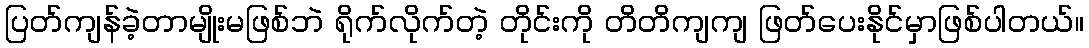
ပြတ်ကျန်ခဲ့တာမျိုးမဖြစ်ဘဲ ရိုက်လိုက်တဲ့ တိုင်းကို တိတိကျကျ ဖြတ်ပေးနိုင်မှာဖြစ်ပါတယ်။